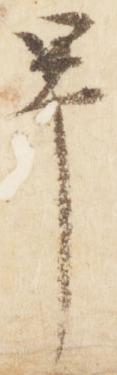
畢